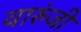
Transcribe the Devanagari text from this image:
वारुंजी